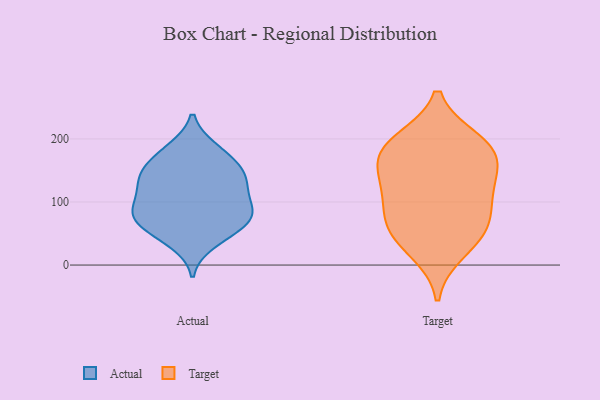
{"axis": {"x": "Page Views", "y": "Value"}, "legend": ["Actual", "Target"], "data": [{"x": "", "y": 141, "type": "Actual"}, {"x": "", "y": 115, "type": "Actual"}, {"x": "", "y": 156, "type": "Actual"}, {"x": "", "y": 84, "type": "Actual"}, {"x": "", "y": 119, "type": "Actual"}, {"x": "", "y": 46, "type": "Actual"}, {"x": "", "y": 82, "type": "Actual"}, {"x": "", "y": 65, "type": "Actual"}, {"x": "", "y": 163, "type": "Actual"}, {"x": "", "y": 146, "type": "Actual"}, {"x": "", "y": 60, "type": "Actual"}, {"x": "", "y": 120, "type": "Actual"}, {"x": "", "y": 84, "type": "Actual"}, {"x": "", "y": 35, "type": "Actual"}, {"x": "", "y": 138, "type": "Actual"}, {"x": "", "y": 184, "type": "Actual"}, {"x": "", "y": 81, "type": "Actual"}, {"x": "", "y": 81, "type": "Actual"}, {"x": "", "y": 185, "type": "Actual"}, {"x": "", "y": 178, "type": "Target"}, {"x": "", "y": 52, "type": "Target"}, {"x": "", "y": 102, "type": "Target"}, {"x": "", "y": 59, "type": "Target"}, {"x": "", "y": 114, "type": "Target"}, {"x": "", "y": 172, "type": "Target"}, {"x": "", "y": 157, "type": "Target"}, {"x": "", "y": 22, "type": "Target"}, {"x": "", "y": 194, "type": "Target"}, {"x": "", "y": 197, "type": "Target"}, {"x": "", "y": 128, "type": "Target"}, {"x": "", "y": 64, "type": "Target"}]}